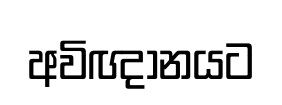
අවිඥානයට